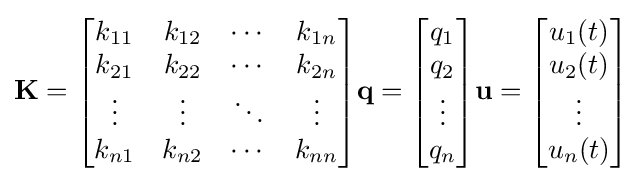
\mathbf {K} ={\begin{bmatrix}k_{11}&k_{12}&\cdots &k_{1n}\\k_{21}&k_{22}&\cdots &k_{2n}\\\vdots &\vdots &\ddots &\vdots \\k_{n1}&k_{n2}&\cdots &k_{nn}\\\end{bmatrix}}\mathbf {q} ={\begin{bmatrix}q_{1}\\q_{2}\\\vdots \\q_{n}\end{bmatrix}}\mathbf {u} ={\begin{bmatrix}u_{1}(t)\\u_{2}(t)\\\vdots \\u_{n}(t)\end{bmatrix}}